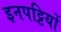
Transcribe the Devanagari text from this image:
इनपट्टियों